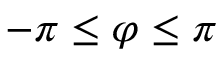
- \pi \leq \varphi \leq \pi